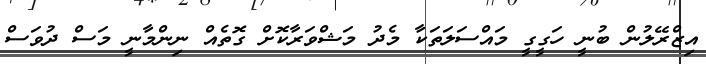
އިޒްރޭލުން ބުނީ ހަގީގީ މައްސަލަތަކާ މެދު މަޝްވަރާކޮށް ގޮތެއް ނިންމާނީ މަސް ދުވަސް